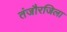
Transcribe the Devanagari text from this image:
तंजौरजिला